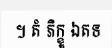
។ តំ ភិក្ខូ ឯតទ